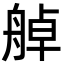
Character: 䑲